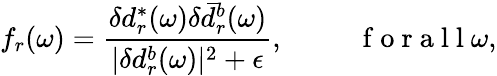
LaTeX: f_{r}(\omega)=\frac{\delta d_{r}^{*}(\omega)\delta\bar{d}_{{r}}^{b}(\omega)}{|\delta d_{{r}}^{b}(\omega)|^{2}+\epsilon},\mathrm{~~~~~~~~~~~f~o~r~a~l~l~}\omega,